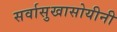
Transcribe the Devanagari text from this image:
सर्वासुखासोयीनी